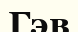
Гэв